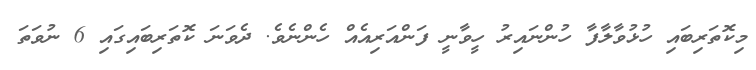
މިކޮތަރިބައި ހުޅުވާލާފާ ހުންނައިރު ހީވާނީ ފަންއަރިއެއް ހެންނެވެ. ދެވަނަ ކޮތަރިބައިގައި 6 ނުވަތަ